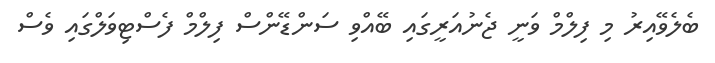
ބެލެވޭއިރު މި ފިލްމް ވަނީ ޖެނުއަރީގައި ބޭއްވި ސަންޑޭންސް ފިލްމް ފެސްޓިވަލްގައި ވެސް